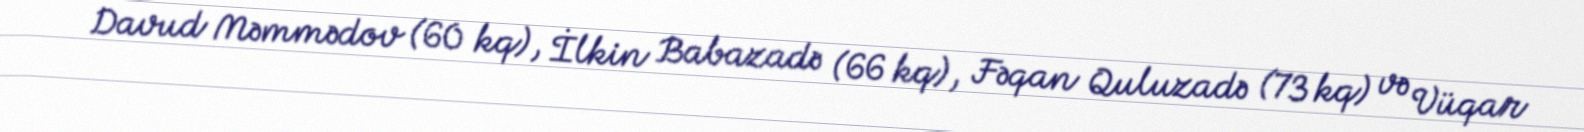
Davud Məmmədov (60 kq), İlkin Babazadə (66 kq), Fəqan Quluzadə (73 kq) və Vüqar